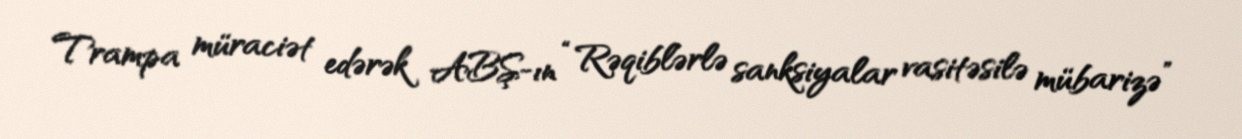
Trampa müraciət edərək ABŞ-ın “Rəqiblərlə sanksiyalar vasitəsilə mübarizə”